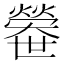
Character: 𤐼